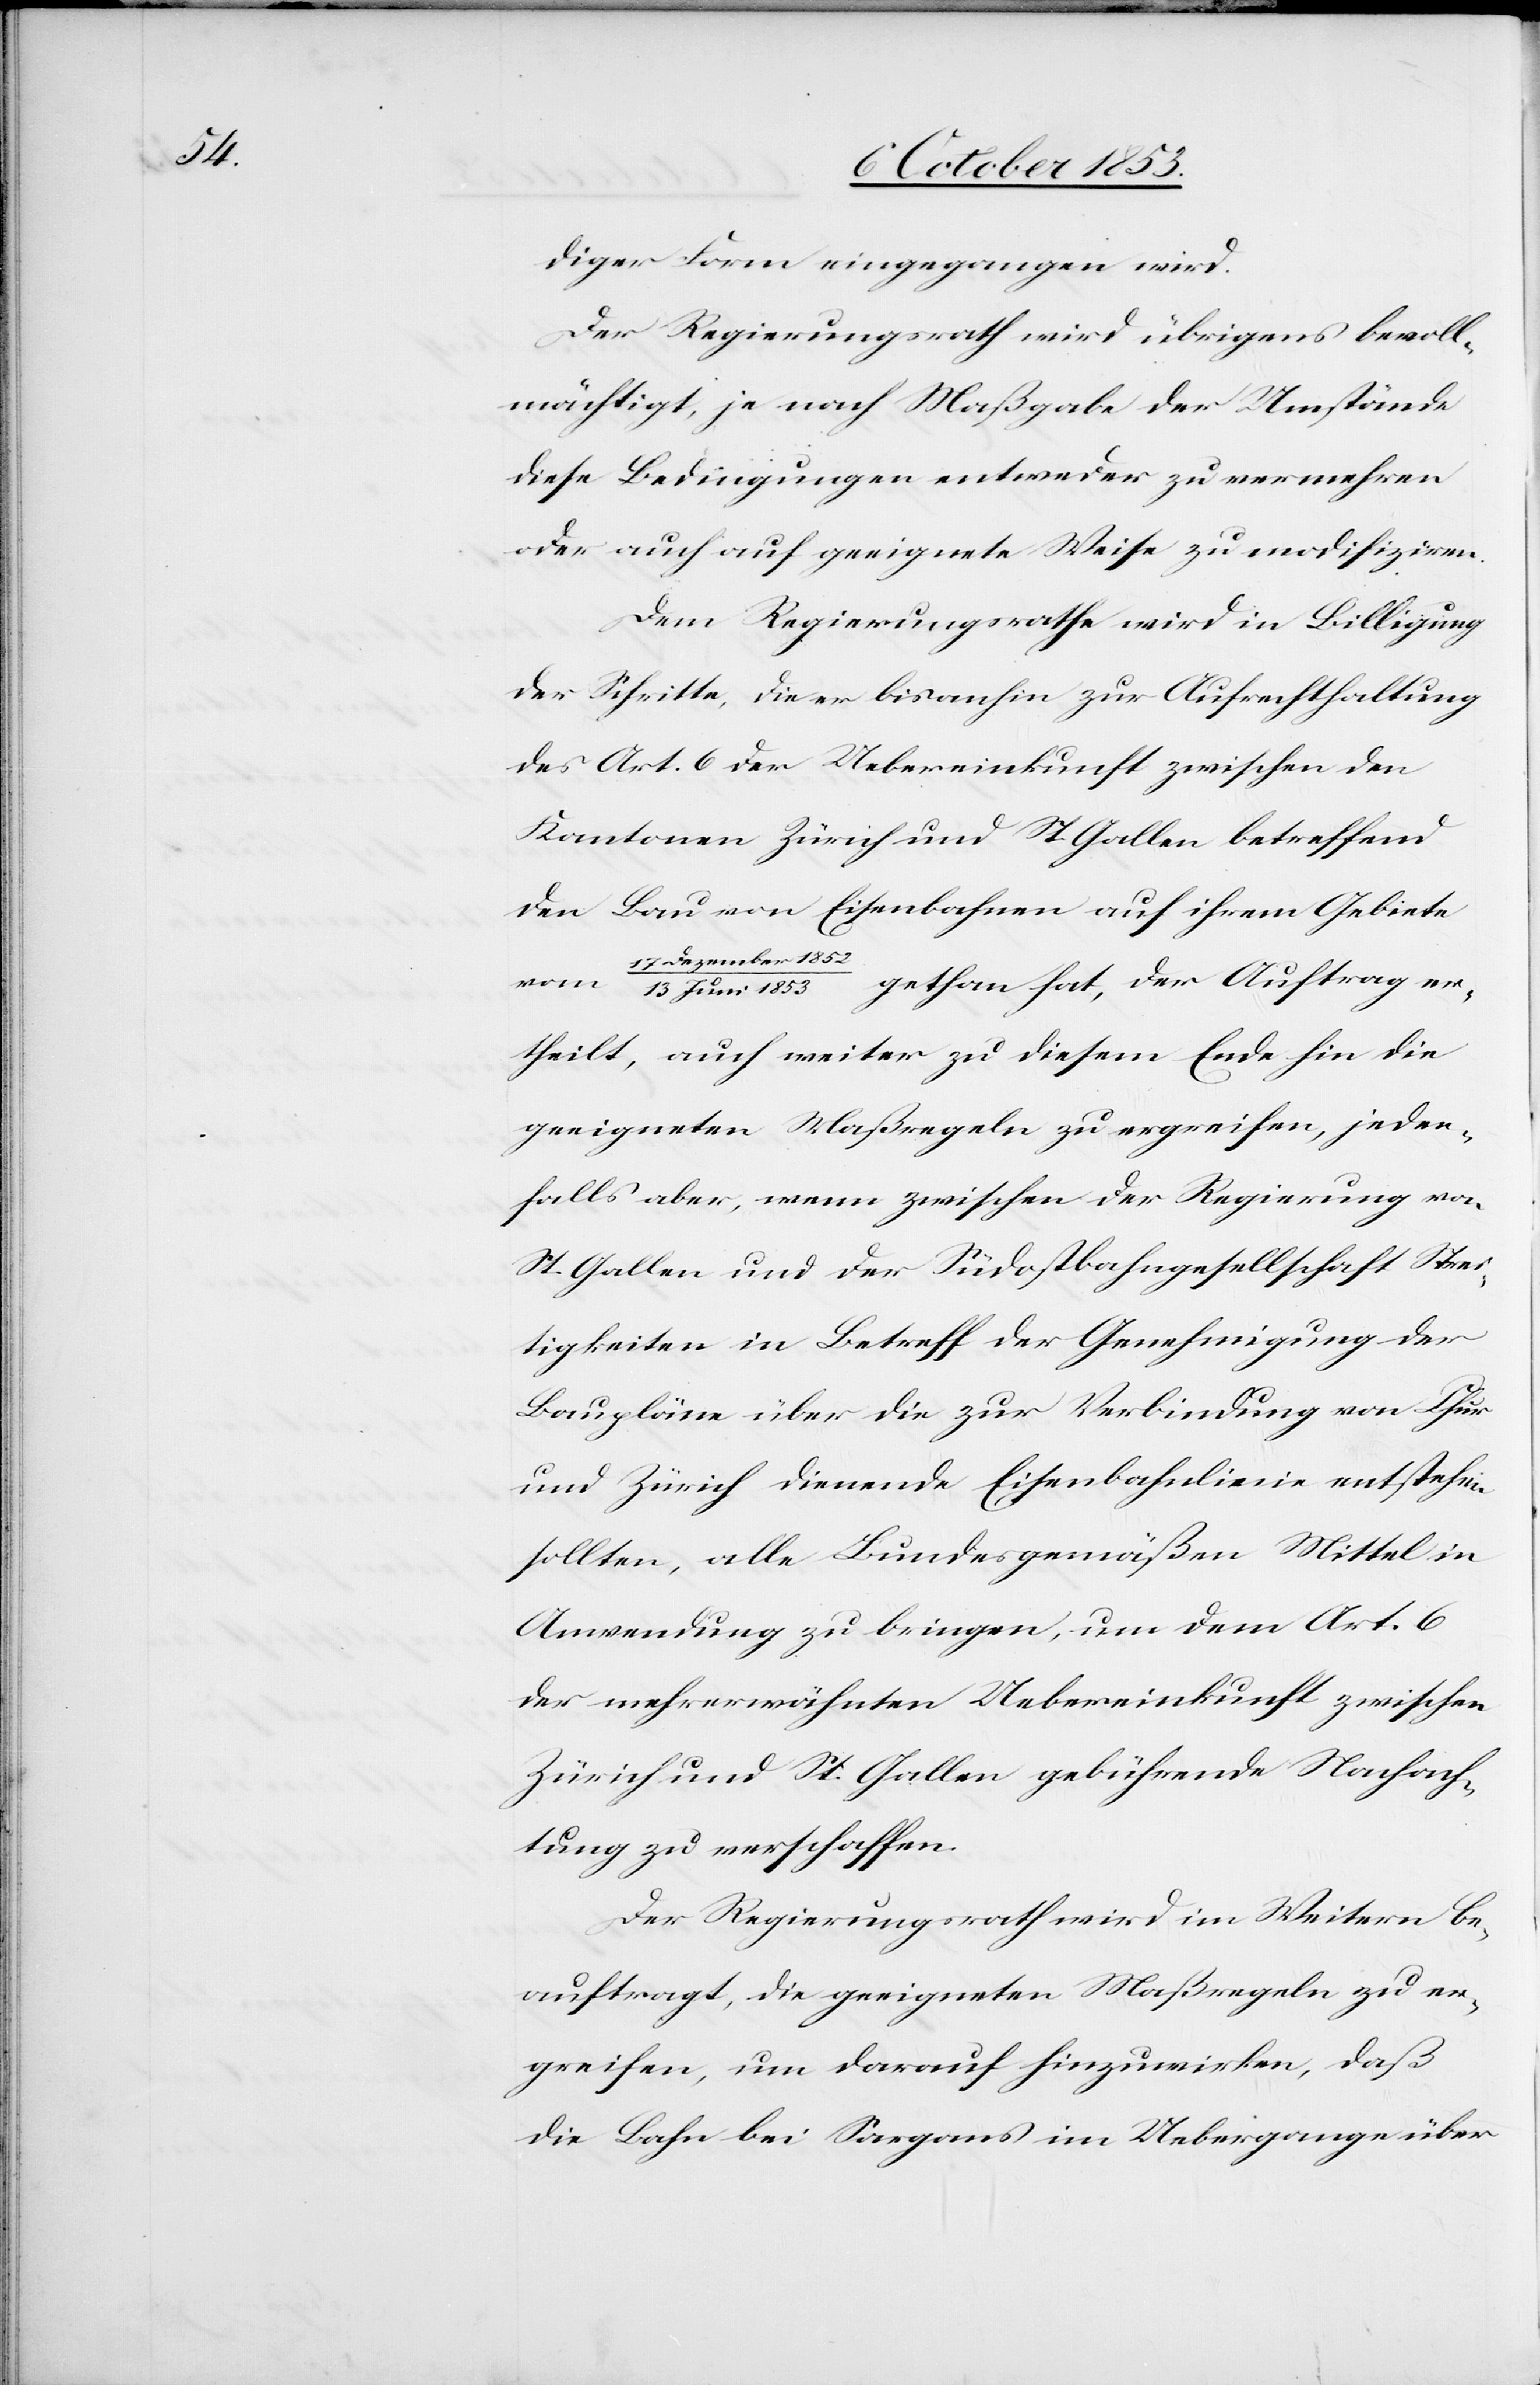
diger Form eingegangen wird.
Der Regierungsrath wird übrigens bevoll¬
mächtigt, je nach Maßgabe der Umstände
diese Bedingungen entweder zu vermehren
oder auch auf geeignete Weise zu modifiziren.
Dem Regierungsrathe wird in Billigung
der Schritte, die er bisanhin zur Aufrechthaltung
des Art. 6 der Uebereinkunft zwischen den
Kantonen Zürich und St. Gallen betreffend
den Bau von Eisenbahnen auf ihrem Gebiete
17 Dezember 1852/13
Juni 1853 gethan hat, der Auftrag er¬
theilt, auch weiter zu diesem Ende hin die
geeigneten Maßregeln zu ergreifen, jeden¬
falls aber, wenn zwischen der Regierung von
St. Gallen und der Südostbahngesellschaft Strei¬
tigkeiten in Betreff der Genehmigung der
Baupläne über die zur Verbindung von Chur
und Zürich dienende Eisenbahnlinie entstehen
sollten, alle Bundesgemäßen Mittel in
Anwendung zu bringen, um dem Art. 6
der mehrerwähnten Uebereinkunft zwischen
Zürich und St. Gallen gebührende Nachach¬
tung zu verschaffen.
Der Regierungsrath wird im Weitern be¬
auftragt, die geeigneten Maßregeln zu er¬
greifen, um darauf hinzuwirken, daß
die Bahn bei Sargans im Uebergange über